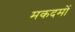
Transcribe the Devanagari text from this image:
मकदमों